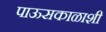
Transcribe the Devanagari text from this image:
पाऊसकाळाशी